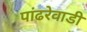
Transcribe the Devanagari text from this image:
पांढरेवाडी